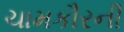
ચામકૌરની